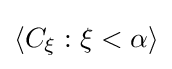
\langle C_{\xi }:\xi <\alpha \rangle